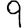
Digit: 9